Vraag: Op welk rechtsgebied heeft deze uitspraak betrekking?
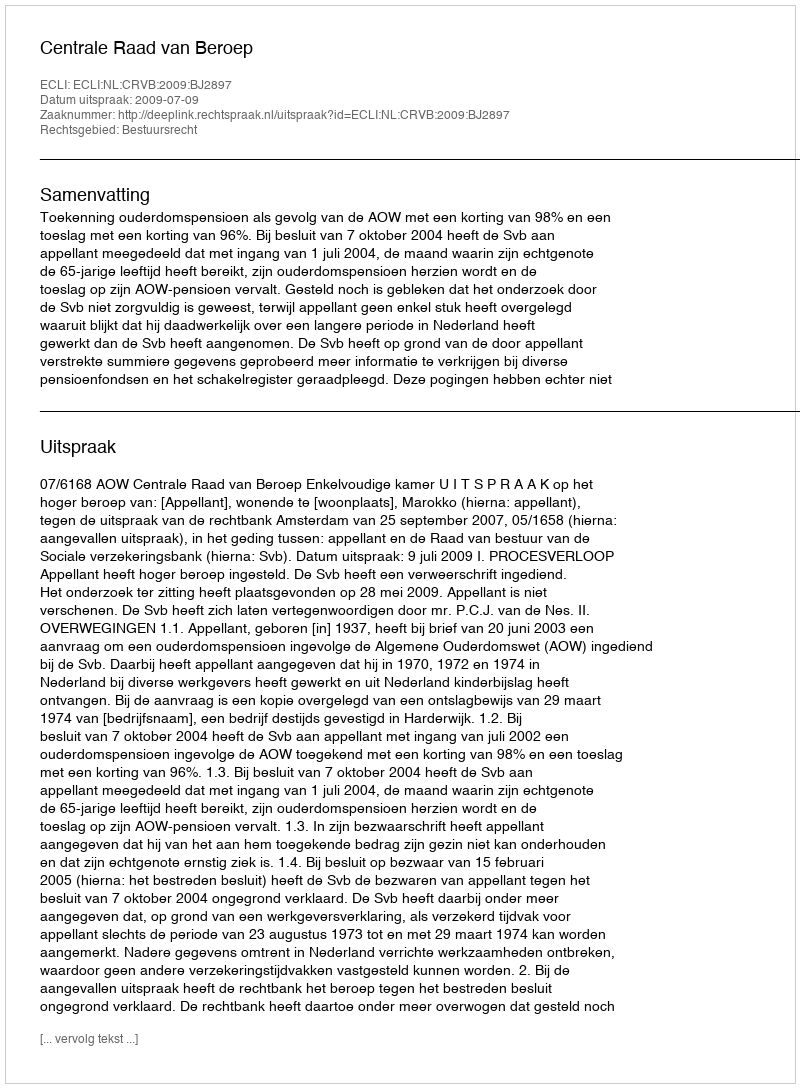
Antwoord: Bestuursrecht